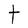
Character: t